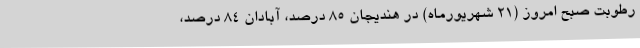
رطوبت صبح امروز (21 شهریورماه) در هندیجان 85 درصد، آبادان 84 درصد،